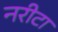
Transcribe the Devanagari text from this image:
नरीटा